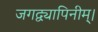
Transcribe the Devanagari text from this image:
जगद्व्यापिनीम्।